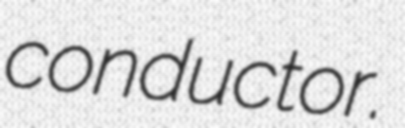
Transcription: conductor.